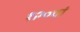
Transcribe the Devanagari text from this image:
१२०वां